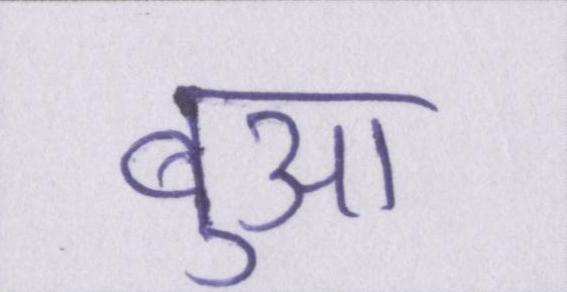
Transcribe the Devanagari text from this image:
बुआ